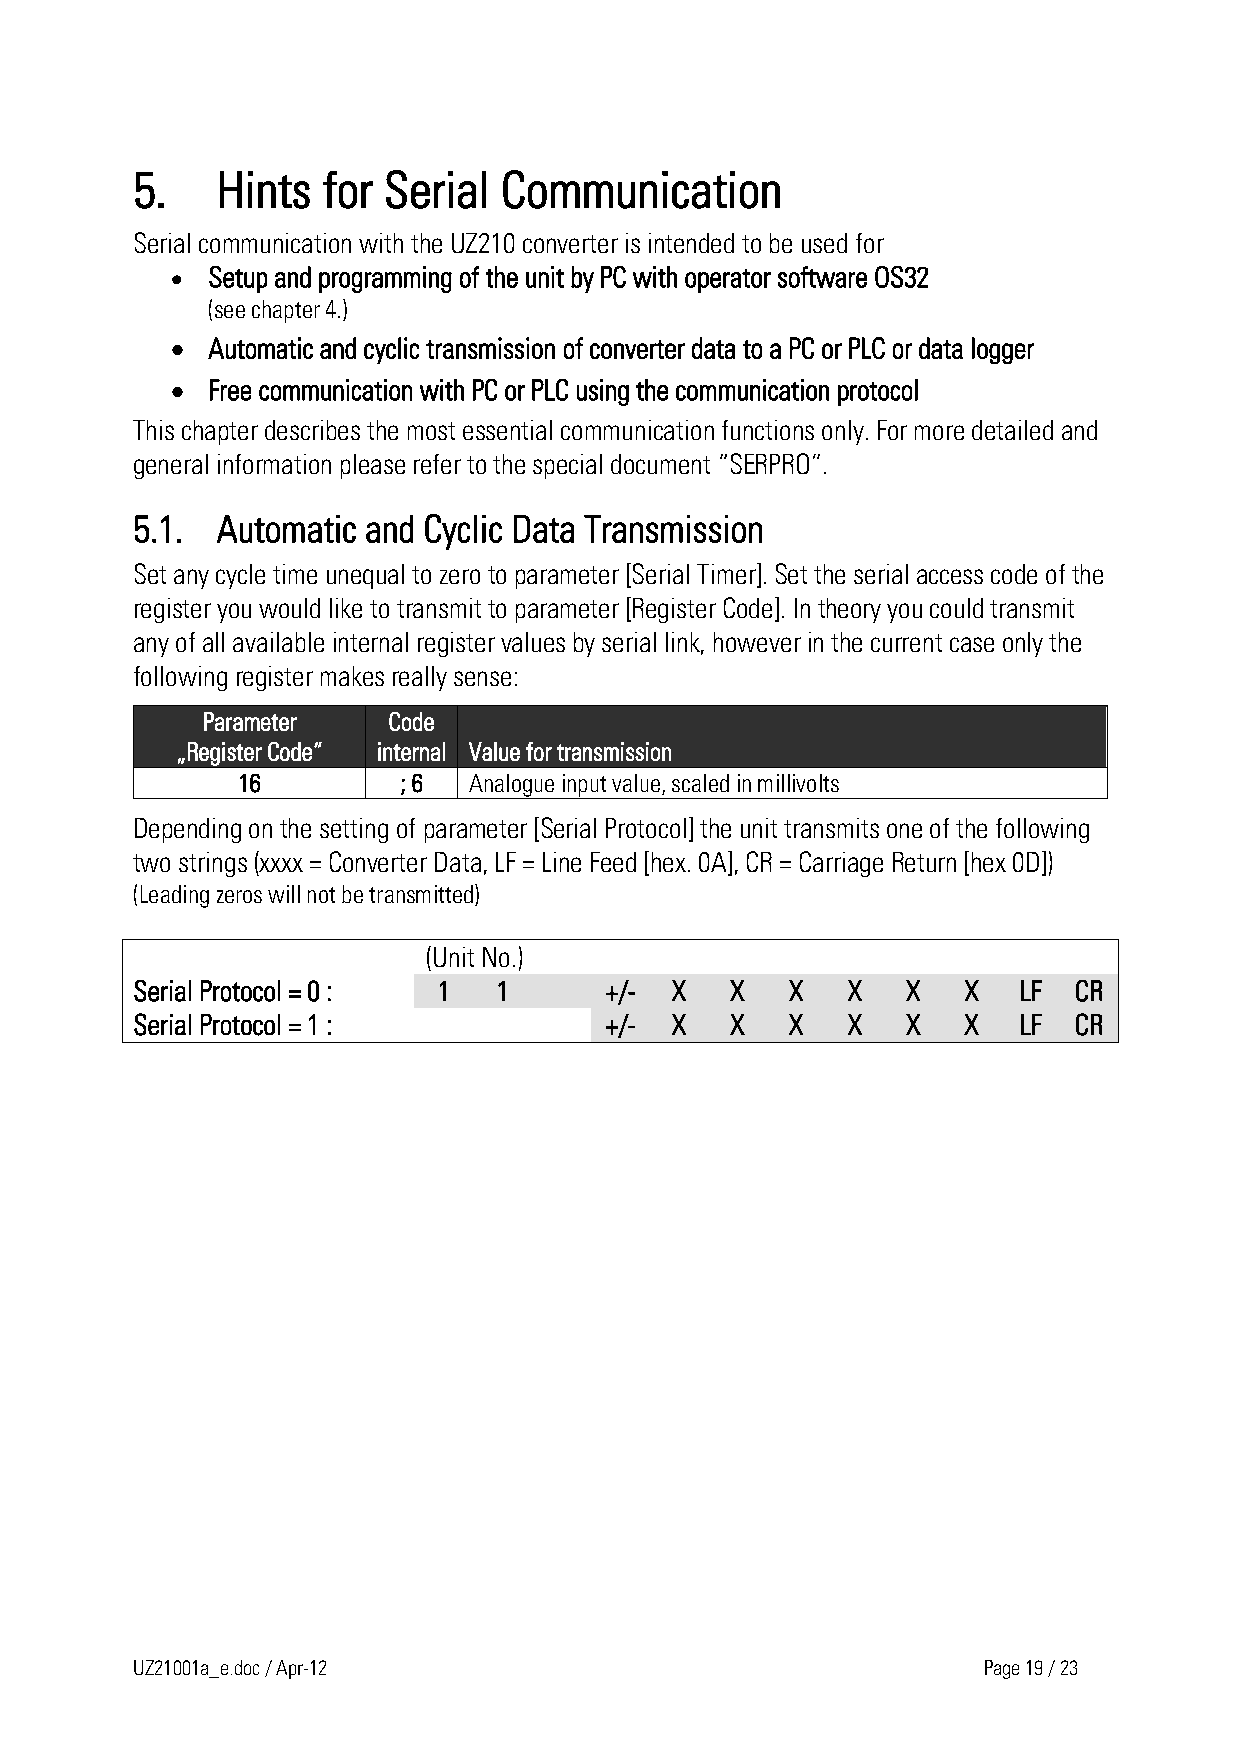
5.   Hints  for Serial  Communication
 Serial communication with the UZ210 converter is intended to be used for
 •  Setup and programming of the unit by PC with operator software OS32
 (see chapter 4.)
 •  Automatic and cyclic transmission of converter data to a PC or PLC or data logger
 •  Free communication with PC or PLC using the communication protocol
 This chapter describes the most essential communication functions only. For more detailed and
 general information please refer to the special document “SERPRO”.
 5.1. Automatic and Cyclic Data Transmission
 Set any cycle time unequal to zero to parameter [Serial Timer]. Set the serial access code of the
 register you would like to transmit to parameter [Register Code]. In theory you could transmit
 any of all available internal register values by serial link, however in the current case only the
 following register makes really sense:
 Parameter    Code
 „Register Code“ internal Value for transmission
 16         ; 6 Analogue input value, scaled in millivolts
 Depending on the setting of parameter [Serial Protocol] the unit transmits one of the following
 two strings (xxxx = Converter Data, LF = Line Feed [hex. 0A], CR = Carriage Return [hex 0D])
 (Leading zeros will not be transmitted)
 (Unit No.)
 Serial Protocol = 0 : 1 1      +/- X   X   X   X   X   X  LF  CR
 Serial Protocol = 1 :          +/- X   X   X   X   X   X  LF  CR
 UZ21001a_e.doc / Apr-12                                 Page 19 / 23